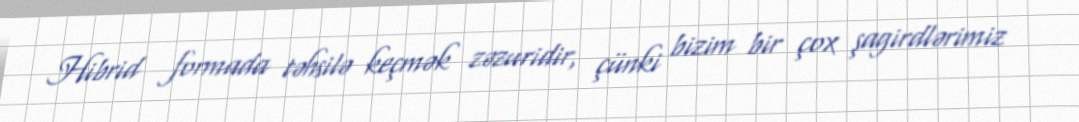
Hibrid formada təhsilə keçmək zəzuridir, çünki bizim bir çox şagirdlərimiz